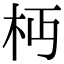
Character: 𣏜